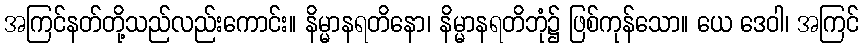
အကြင်နတ်တို့သည်လည်းကောင်း။ နိမ္မာနရတိနော၊ နိမ္မာနရတိဘုံ၌ ဖြစ်ကုန်သော။ ယေ ဒေဝါ၊ အကြင်